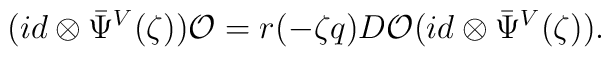
(id \otimes {\bar \Psi}^V(\zeta)){\cal O}=r(-\zeta q)D{\cal O}(id \otimes {\bar \Psi}^V(\zeta)).